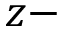
z -